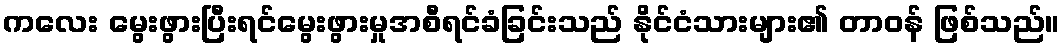
ကလေး မွေးဖွားပြီးရင်မွေးဖွားမှုအစီရင်ခံခြင်းသည် နိုင်ငံသားများ၏ တာဝန် ဖြစ်သည်။